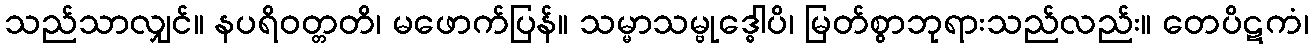
သည်သာလျှင်။ နပရိဝတ္တတိ၊ မဖောက်ပြန်။ သမ္မာသမ္ဗုဒ္ဓေါပိ၊ မြတ်စွာဘုရားသည်လည်း။ တေပိဋကံ၊